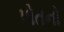
પોતનો